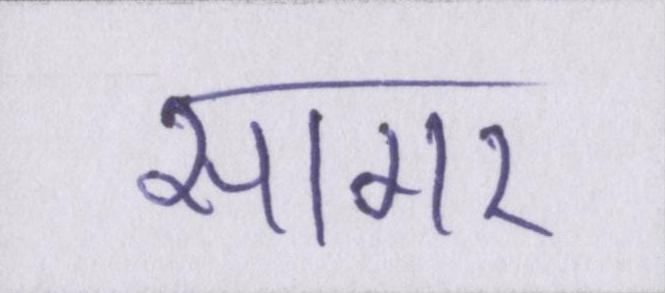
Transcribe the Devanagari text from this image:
सागर